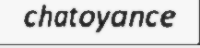
chatoyance